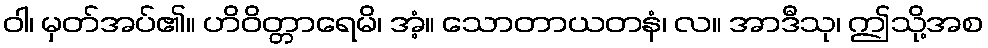
ဝါ၊ မှတ်အပ်၏။ ဟိဝိတ္တာရေမိ၊ အံ့။ သောတာယတနံ၊ လ။ အာဒီသု၊ ဤသို့အစ